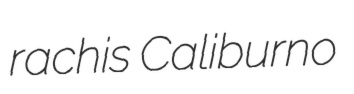
rachis Caliburno